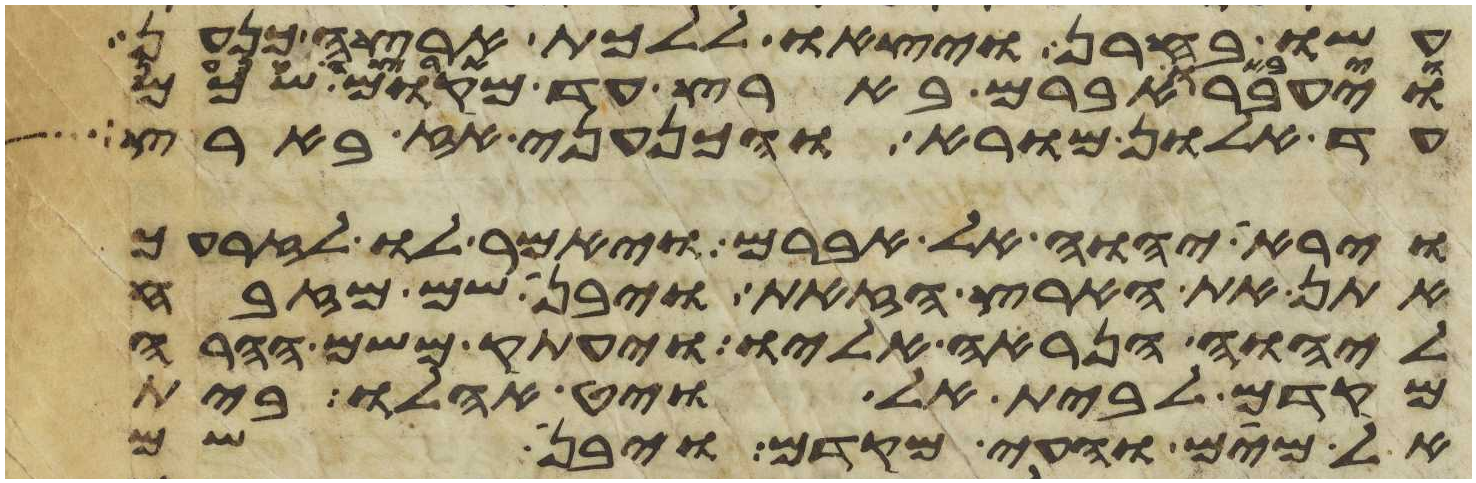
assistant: עשו בחרן ויצאו ללכת ארצה כנען
ויעבר אברם בארץ עד מקום שכם
עד אלון מורא והכנעני אז בארץ
וירא יהוה אל אברם ויאמר לו לזרעך
אתן את הארץ הזאת ויבן שם מזבח
ליהוה הנראה אליו ויעתק משם ההרה
מקדם לבית אל ויט אהלו בית
אל מים והעי מקדם ויבן שם